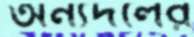
অন্যদলের